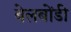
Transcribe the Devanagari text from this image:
बेलबोंडी